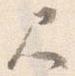
尺